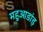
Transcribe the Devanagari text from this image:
महुआडांड़